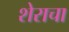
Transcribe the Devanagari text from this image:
शेराचा